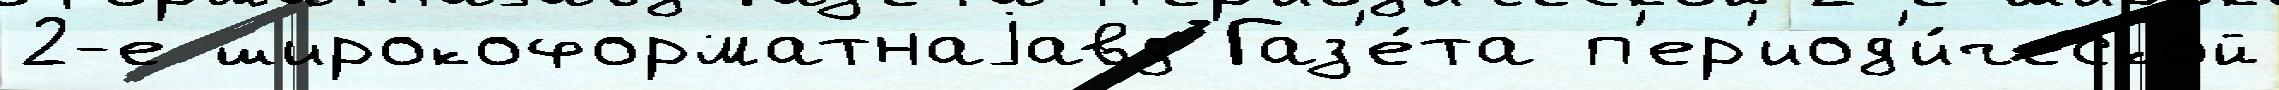
2-е широкоформатнаjавд Газ'е́та п'ер'иод'и́ческой